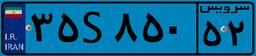
۳۵S۸۵۰۵۲